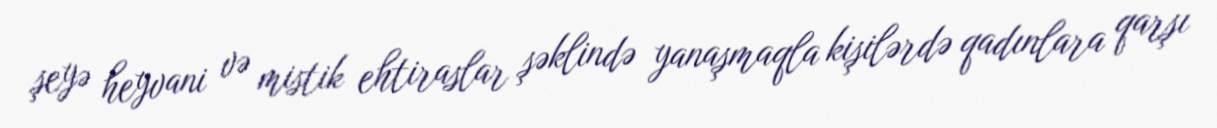
şeyə heyvani və mistik ehtiraslar şəklində yanaşmaqla kişilərdə qadınlara qarşı